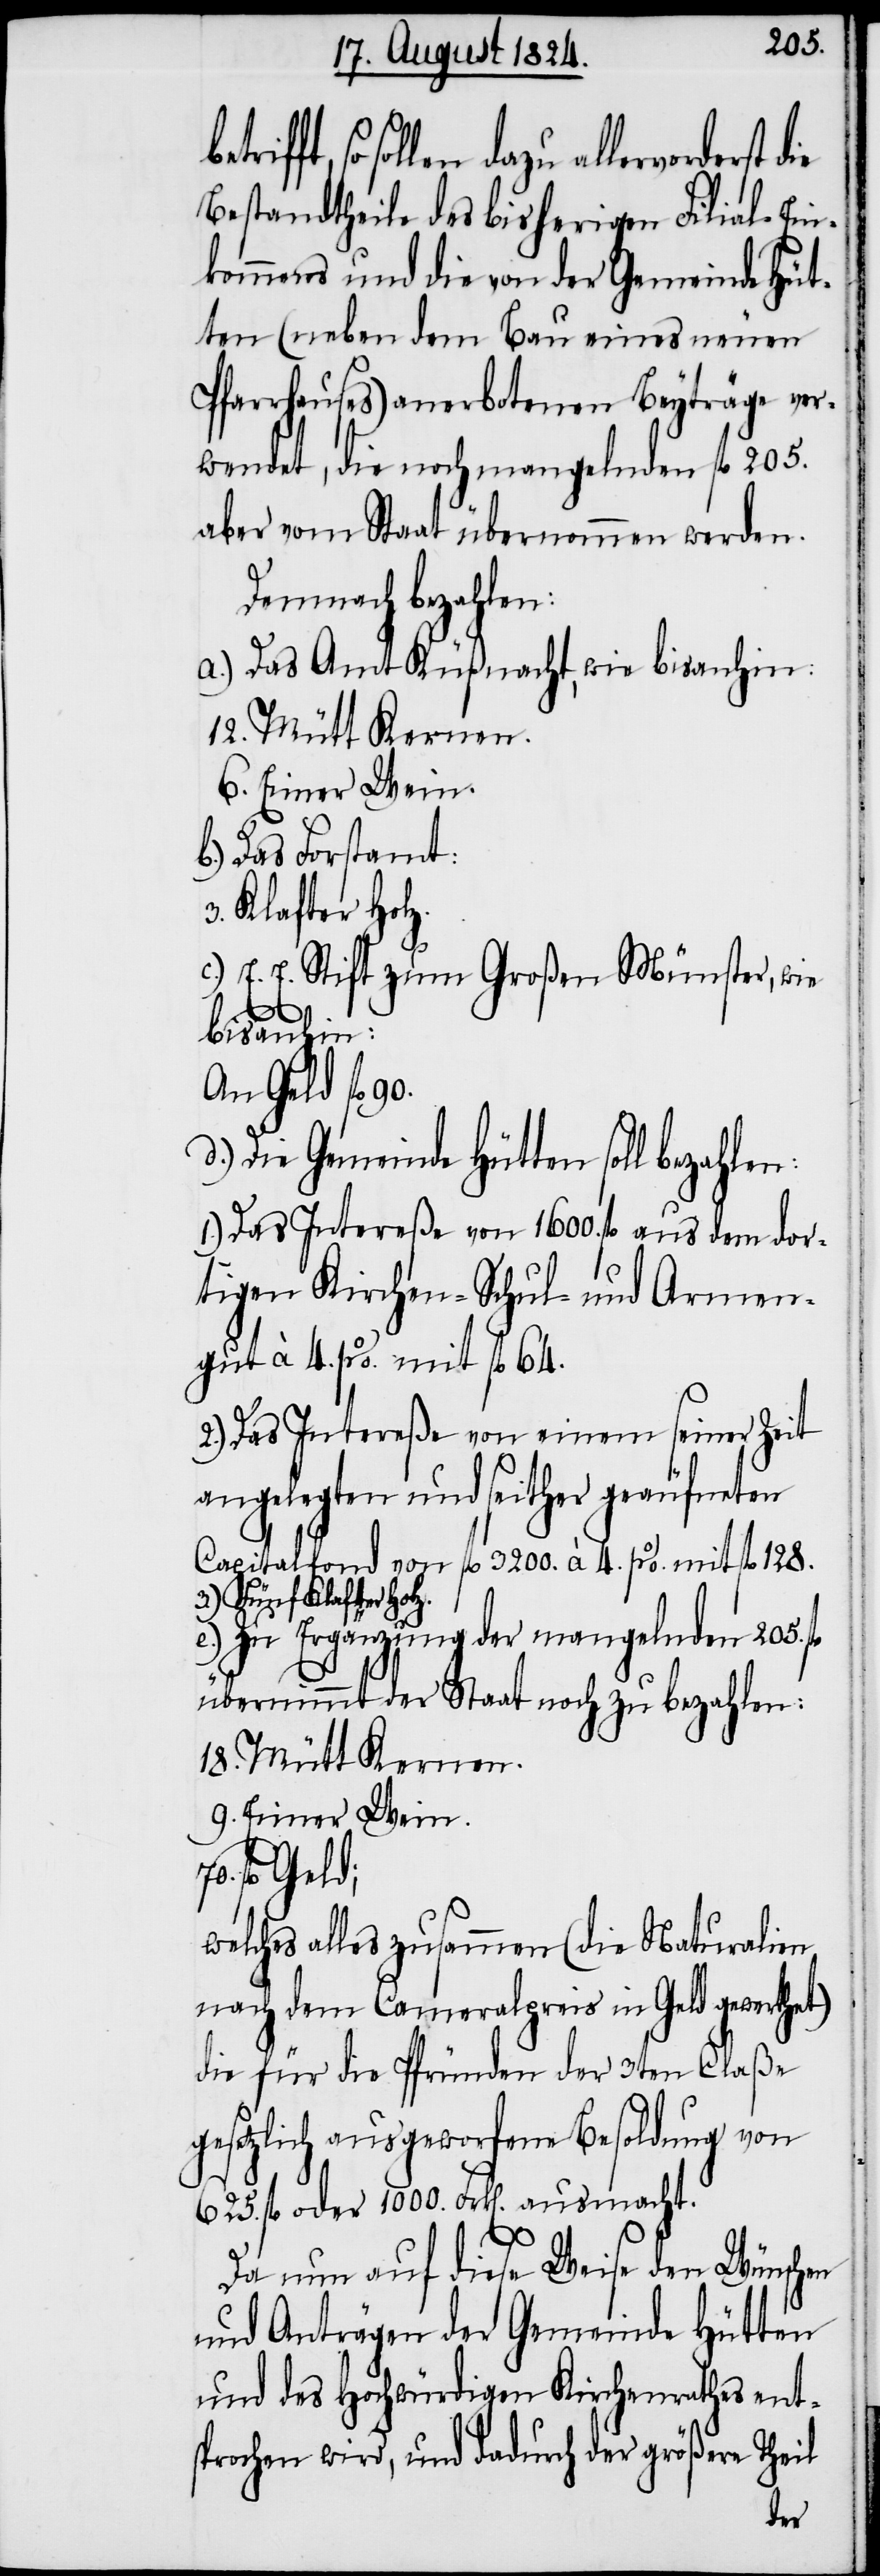
len dazu allervorderst die
Bestandtheile des bisherigen Filial-Ein¬
kommens und die von der Gemeinde Hüt¬
ten (neben dem Bau eines neuen
Pfarrhauses) anerbotenen Beyträge ver¬
wendet, die noch mangelnden fl 205.
aber vom Staat übernommen werden.
Demnach bezahlen:
a.) Das Amt Küßnacht, wie bis anhin:
12. Mütt Kernen.
6. Eimer Wein.
Das Forstamt:
3. Klafter Holz.
c.) E. E. Stift zum Großen Münster, wie
n:
bis anhin:
An Geld fl 90.
d.) Die Gemeinde Hütten soll bezahle¬
1.) Das Intereße von 1600. fl aus dem dor¬
tigen Kirchen- Schul- und Armen¬
gut à 4. p%. mit fl 64.
2.) Das Intereße von einem seiner Zeit
angelegten und seither geäufneten
Capitalfond von fl 3200. à 4. p%. mit fl 128.
3.) Fünf Klafter Holz.
e.) Zu Ergänzung der mangelnden 205. fl
übernimmt der Staat noch zu bezahlen:
18. Mütt Kernen.
9. Eimer Wein.
fl Geld;
welches alles zusammen (die Naturalien
nach dem Cameralpreis in Geld gewerthet)
die für die Pfründen der 3ten Claße
gesetzlich ausgeworfene Besoldung von
625. fl oder 1000. Frk[en]. ausmacht.
Da nun auf diese Weise den Wünschen
und Anträgen der Gemeinde Hütten
und des Hochwürdigen Kirchenrathes ent¬
sprochen wird, und dadurch der größere Theil